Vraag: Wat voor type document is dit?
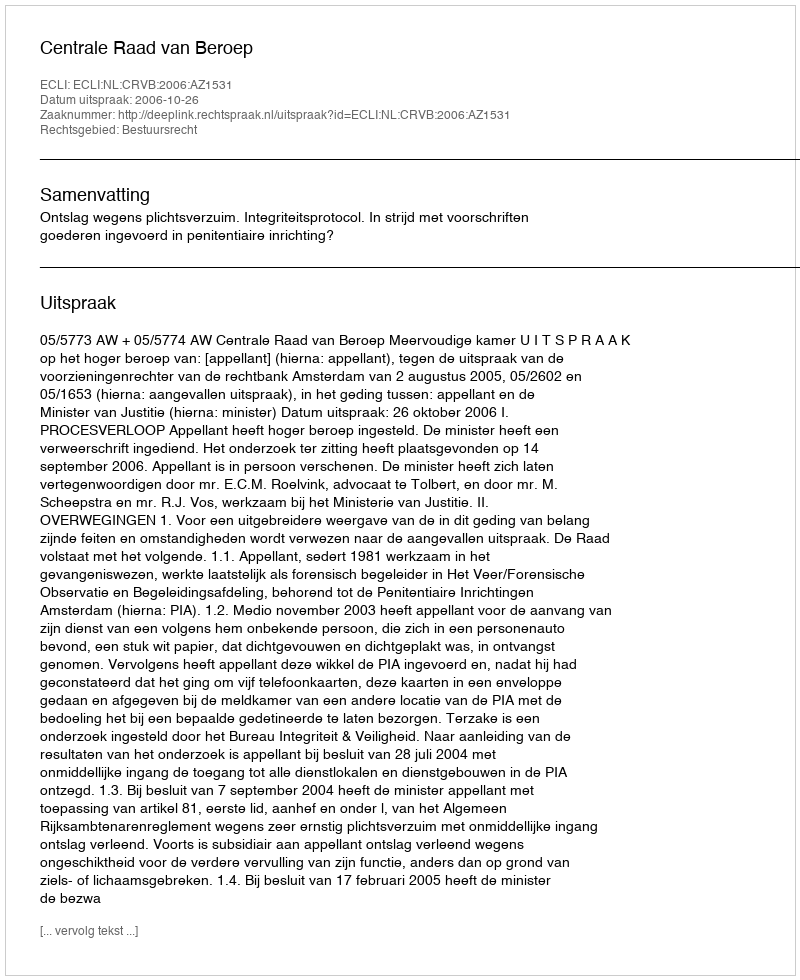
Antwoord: Uitspraak